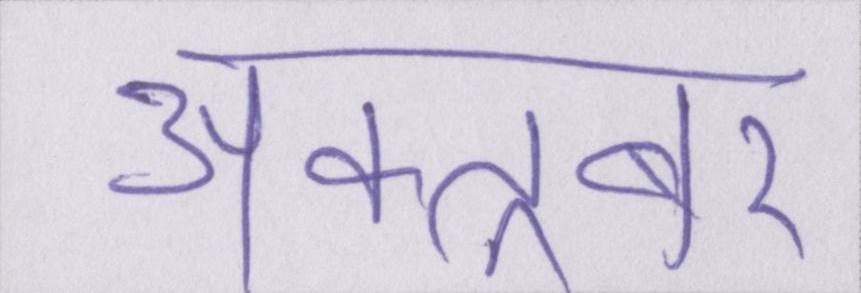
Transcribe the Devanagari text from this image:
अक्तूबर